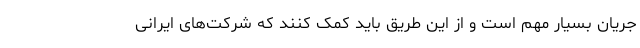
جریان بسیار مهم است و از این طریق باید کمک کنند که شرکت‌های ایرانی